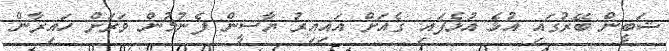
ޝަބީން ބޭރުގައި އުޅެ އުޅެފައި ގެއަށް އައިއިރު ޔާސީން ފެނުމުން ވަރަށް ހައިރާން